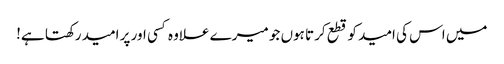
میں اس کی امید کو قطع کرتا ہوں جو میرے علاوہ کسی اور پر امید رکھتا ہے!